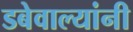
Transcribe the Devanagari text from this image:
डबेवाल्यांनी